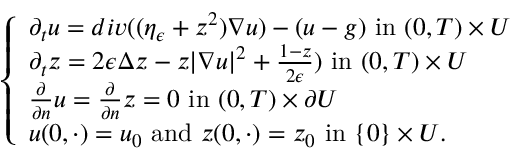
\left\{ \begin{array} { l l } { \partial _ { t } u = d i v ( ( \eta _ { \epsilon } + z ^ { 2 } ) \nabla u ) - ( u - g ) \mathrm { ~ i n ~ } ( 0 , T ) \times U } \\ { \partial _ { t } z = 2 \epsilon \Delta z - z | \nabla u | ^ { 2 } + \frac { 1 - z } { 2 \epsilon } ) \mathrm { ~ i n ~ } ( 0 , T ) \times U } \\ { \frac { \partial } { \partial n } u = \frac { \partial } { \partial n } z = 0 \mathrm { ~ i n ~ } ( 0 , T ) \times \partial U } \\ { u ( 0 , \cdot ) = u _ { 0 } \mathrm { ~ a n d ~ } z ( 0 , \cdot ) = z _ { 0 } \mathrm { ~ i n ~ } \{ 0 \} \times U . } \end{array} \right.